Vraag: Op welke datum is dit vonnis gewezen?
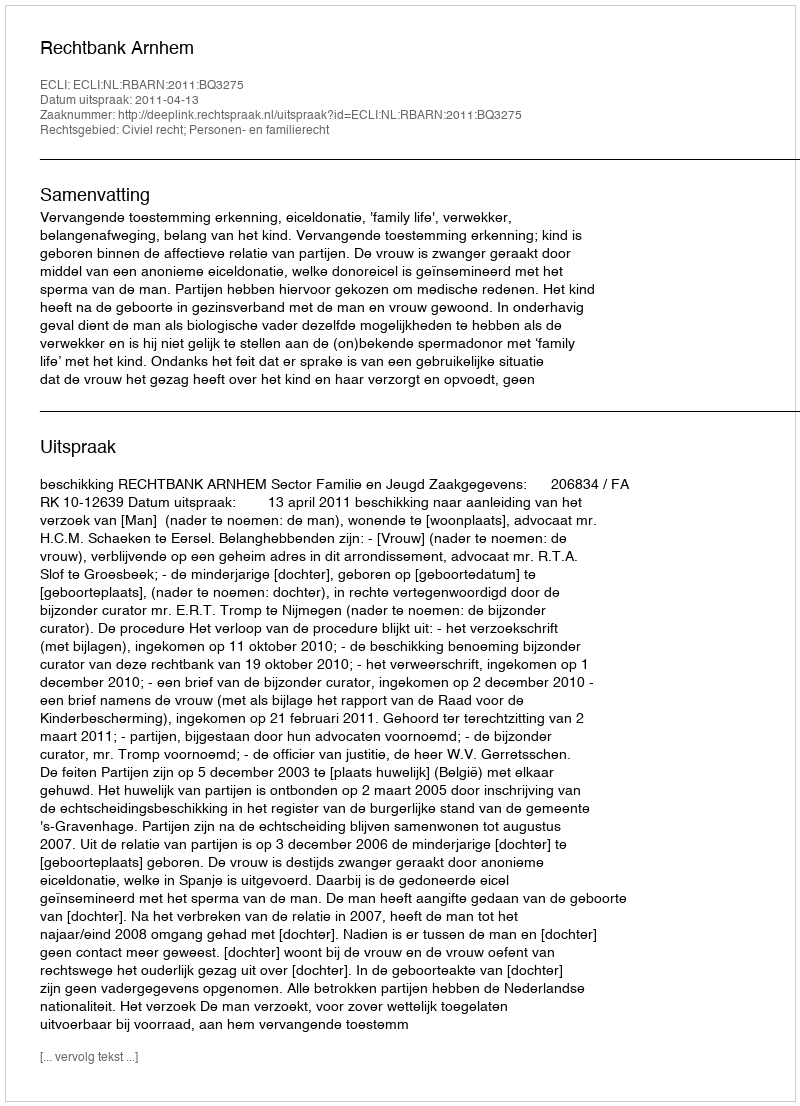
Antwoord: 2011-04-13